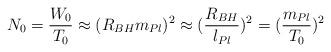
LaTeX: \begin{align*}N_0 = \frac {W_0}{T_0} \approx (R_{BH} m_{Pl})^2 \approx (\frac {R_{BH}}{l_{Pl}})^2 = (\frac {m_{Pl}}{T_0})^2\end{align*}